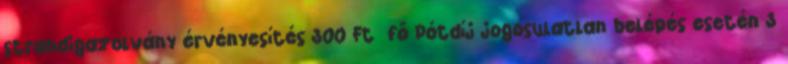
strandigazolvány érvényesítés 300 Ft fő Pótdíj jogosulatlan belépés esetén 3